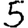
Digit: 5